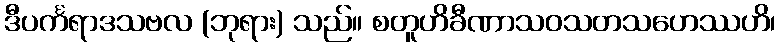
ဒီပင်္ကရာဒသဗလ (ဘုရား) သည်။ စတူဟိခီဏာသဝသတသဟေဿဟိ၊